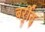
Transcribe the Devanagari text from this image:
बर्र्र्रीद्